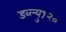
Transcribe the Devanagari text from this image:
डब्ल्यु१२०